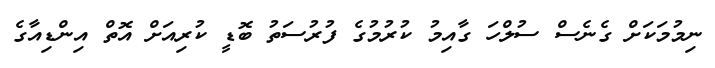
ނިމުމަކަށް ގެނެސް ސުލްހަ ގާއިމު ކުރުމުގެ ފުރުސަތު ބޮޑީ ކުރިއަށް އޮތް އިންޑިއާގެ